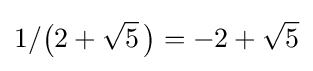
1/{\bigl (}2+{\sqrt {5}}~\!{\bigr )}=-2+{\sqrt {5}}